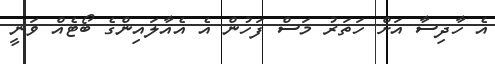
އެ ހާދިސާ އަށް ހަތަރު މަސް ފަހުން އެ އެއާލައިންގެ ބޯޓެއް ވަނީ